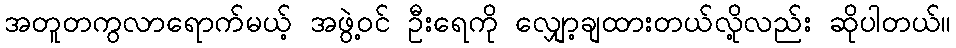
အတူတကွလာရောက်မယ့် အဖွဲ့ဝင် ဦးရေကို လျှော့ချထားတယ်လို့လည်း ဆိုပါတယ်။